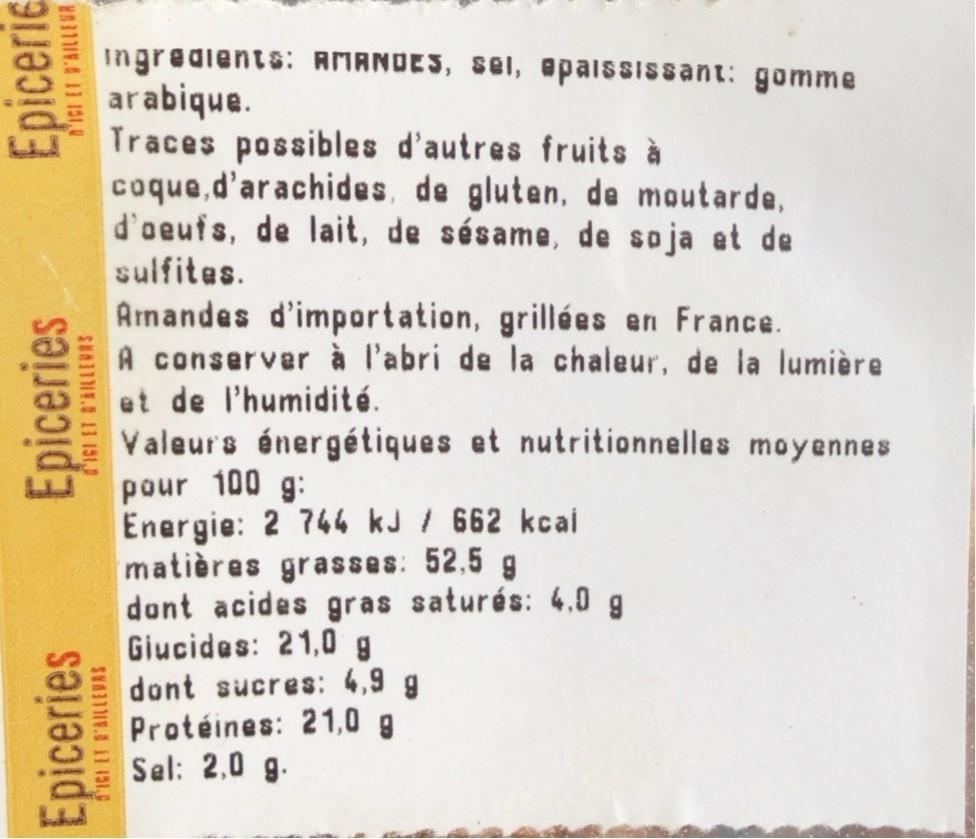
ingredients: AMANOES, sel, apaississant: gomme arabique. Traces possibles d'autres fruits à coque,d'arachides, de gluten, de moutarde, d'aeufs, de lait, de sésame, de soja et de sulfites.
Amandes d'importation, grillées en France. A conserver à l'abri de la chaleur, de la lumière et de l'humidité. Valeurs énergétiques et nutritionnelles moyennes pour 100 g: Energie: 2 744 kJ / 662 kcai matières grasses: 52,5 g dont acides gras saturés: 4.0 g Giucides: 21,0 g dont sucres: 4,9 g Protéines: 21,0 g Sel: 2,0 g.
Epiceries
Epiceries
Epicerie
ICI ET R'AILLEVAS